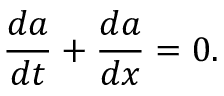
\frac { d a } { d t } + \frac { d a } { d x } = 0 .